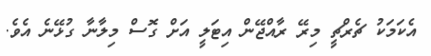
އެކަމަކު ޗެރްޗީ މިރޭ ރާއްޖޭން އިޓަލީ އަށް ގޮސް މިލާނާ ގުޅޭނެ އެވެ.